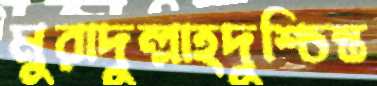
মুরাদুল্লাহদুশ্চিন্ত